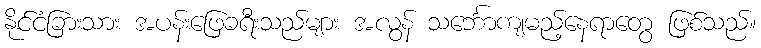
နိုင်ငံခြားသား အပန်းဖြေခရီးသည်များ အလွန် သင်္ဘောကျမည့်နေရာတွေ ဖြစ်သည်။